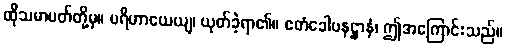
ထိုသမာပတ်တို့မှ။ ပရိဟာယေယျ၊ ယုတ်ခဲ့ရာ၏။ ဧတံခေါပနဋ္ဌာနံ၊ ဤအကြောင်းသည်။